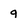
Character: q